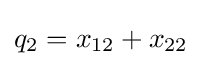
q_{2}=x_{12}+x_{22}